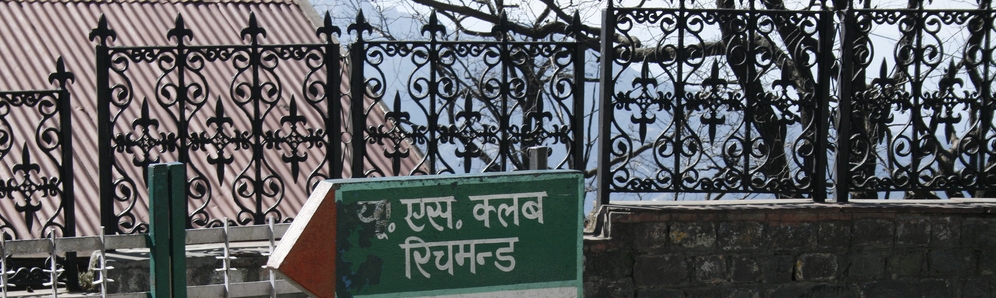
Language: hindi
Transcription: एस. क्लब रिचमन्ड